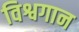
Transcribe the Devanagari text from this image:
विश्वगान